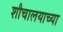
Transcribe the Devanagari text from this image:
शौचालयाच्या